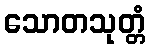
သောတသုတ္တံ